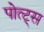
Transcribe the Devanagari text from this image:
पोत्ट्स